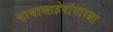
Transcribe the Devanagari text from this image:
बाबासाहेबांसारखा